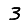
Digit: 3